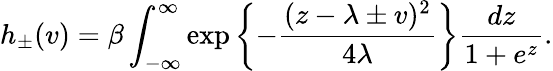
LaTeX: h_{\pm}(v)=\beta\int_{-\infty}^{\infty}\exp\left\lbrace-\frac{(z-\lambda\pm v)^{2}}{4\lambda}\right\rbrace\frac{dz}{1+e^{z}}.